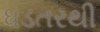
ધડતરથી